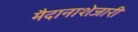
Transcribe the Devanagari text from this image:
मैदानाशेजारी